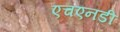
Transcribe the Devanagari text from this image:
एचएनडी